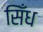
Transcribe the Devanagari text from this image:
सिँध